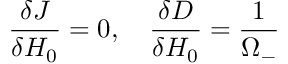
\frac { \delta J } { \delta H _ { 0 } } = 0 , \quad \frac { \delta D } { \delta H _ { 0 } } = \frac { 1 } { \Omega _ { - } }